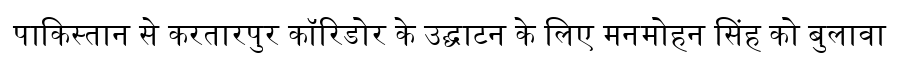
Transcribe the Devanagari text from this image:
पाकिस्तान से करतारपुर कॉरिडोर के उद्घाटन के लिए मनमोहन सिंह को बुलावा